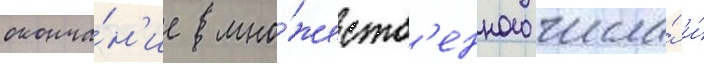
оконча́н'ие мно́жеств'енного числа́ и́